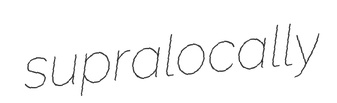
supralocally